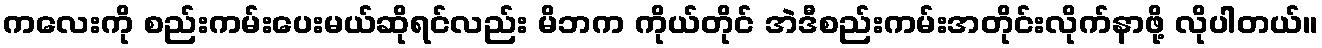
ကလေးကို စည်းကမ်းပေးမယ်ဆိုရင်လည်း မိဘက ကိုယ်တိုင် အဲဒီစည်းကမ်းအတိုင်းလိုက်နာဖို့ လိုပါတယ်။